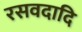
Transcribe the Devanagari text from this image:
रसवदादि